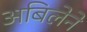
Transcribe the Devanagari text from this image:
अबिलेने